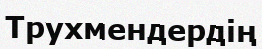
Трухмендердің